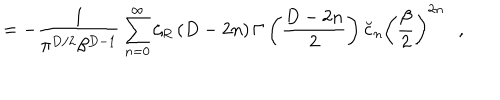
= - { \frac { 1 } { \pi ^ { D / 2 } \beta ^ { D - 1 } } } \sum _ { n = 0 } ^ { \infty } \zeta _ { R } \left( D - 2 n \right) \Gamma \left( { \frac { D - 2 n } { 2 } } \right) \breve { c } _ { n } \left( { \frac { \beta } { 2 } } \right) ^ { 2 n } ,